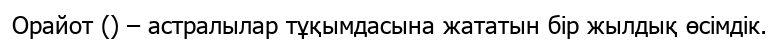
Орайот () – астралылар тұқымдасына жататын бір жылдық өсімдік.